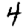
Digit: 4